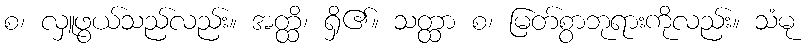
စ၊ လှူဖွယ်သည်လည်း။ အတ္ထိ၊ ရှိ၏။ သတ္ထာ စ၊ မြတ်စွာဘုရားကိုလည်း။ သံမု